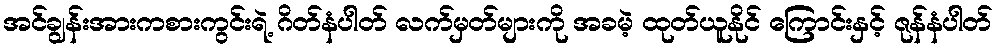
အင်ချွန်းအားကစားကွင်းရဲ့ ဂိတ်နံပါတ် လက်မှတ်များကို အခမဲ့ ထုတ်ယူနိုင် ကြောင်းနှင့် ဇုန်နံပါတ်